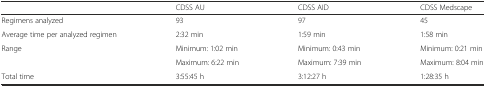
|  | CDSS AU | CDSS AID | CDSS Medscape |
 | --- | --- | --- | --- |
 | Regimens analyzed | 93 | 97 | 45 |
 | Average time per analyzed regimen | 2:32 min | 1:59 min | 1:58 min |
 | <ROWSPAN=2> Range | Minimum: 1:02 min | Minimum: 0:43 min | Minimum: 0:21 min |
 | Maximum: 6:22 min | Maximum: 7:39 min | Maximum: 8:04 min |
 | Total time | 3:55:45 h | 3:12:27 h | 1:28:35 h |